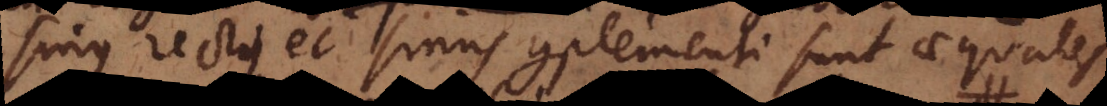
sinus rectus et sinus complementi sunt aequales